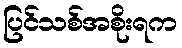
ပြင်သစ်အစိုးရက